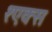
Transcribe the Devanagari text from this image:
१एक्स